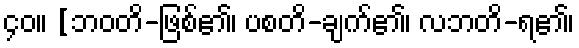
၄၀။ [ဘဝတိ-ဖြစ်၏၊ ပစတိ-ချက်၏၊ လဘတိ-ရ၏၊